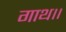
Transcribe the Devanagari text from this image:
गाथ।।